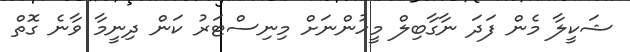
ޝަކީލާ މެން ފަދަ ނާގާބިލް މީހުންނަށް މިނިސްޓަރު ކަން ދިނީމާ ވާނެ ގޮތް